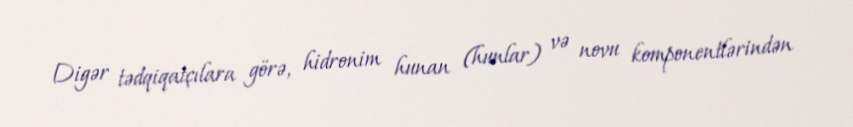
Digər tədqiqatçılara görə, hidronim hunan (hunlar) və novu komponentlərindən